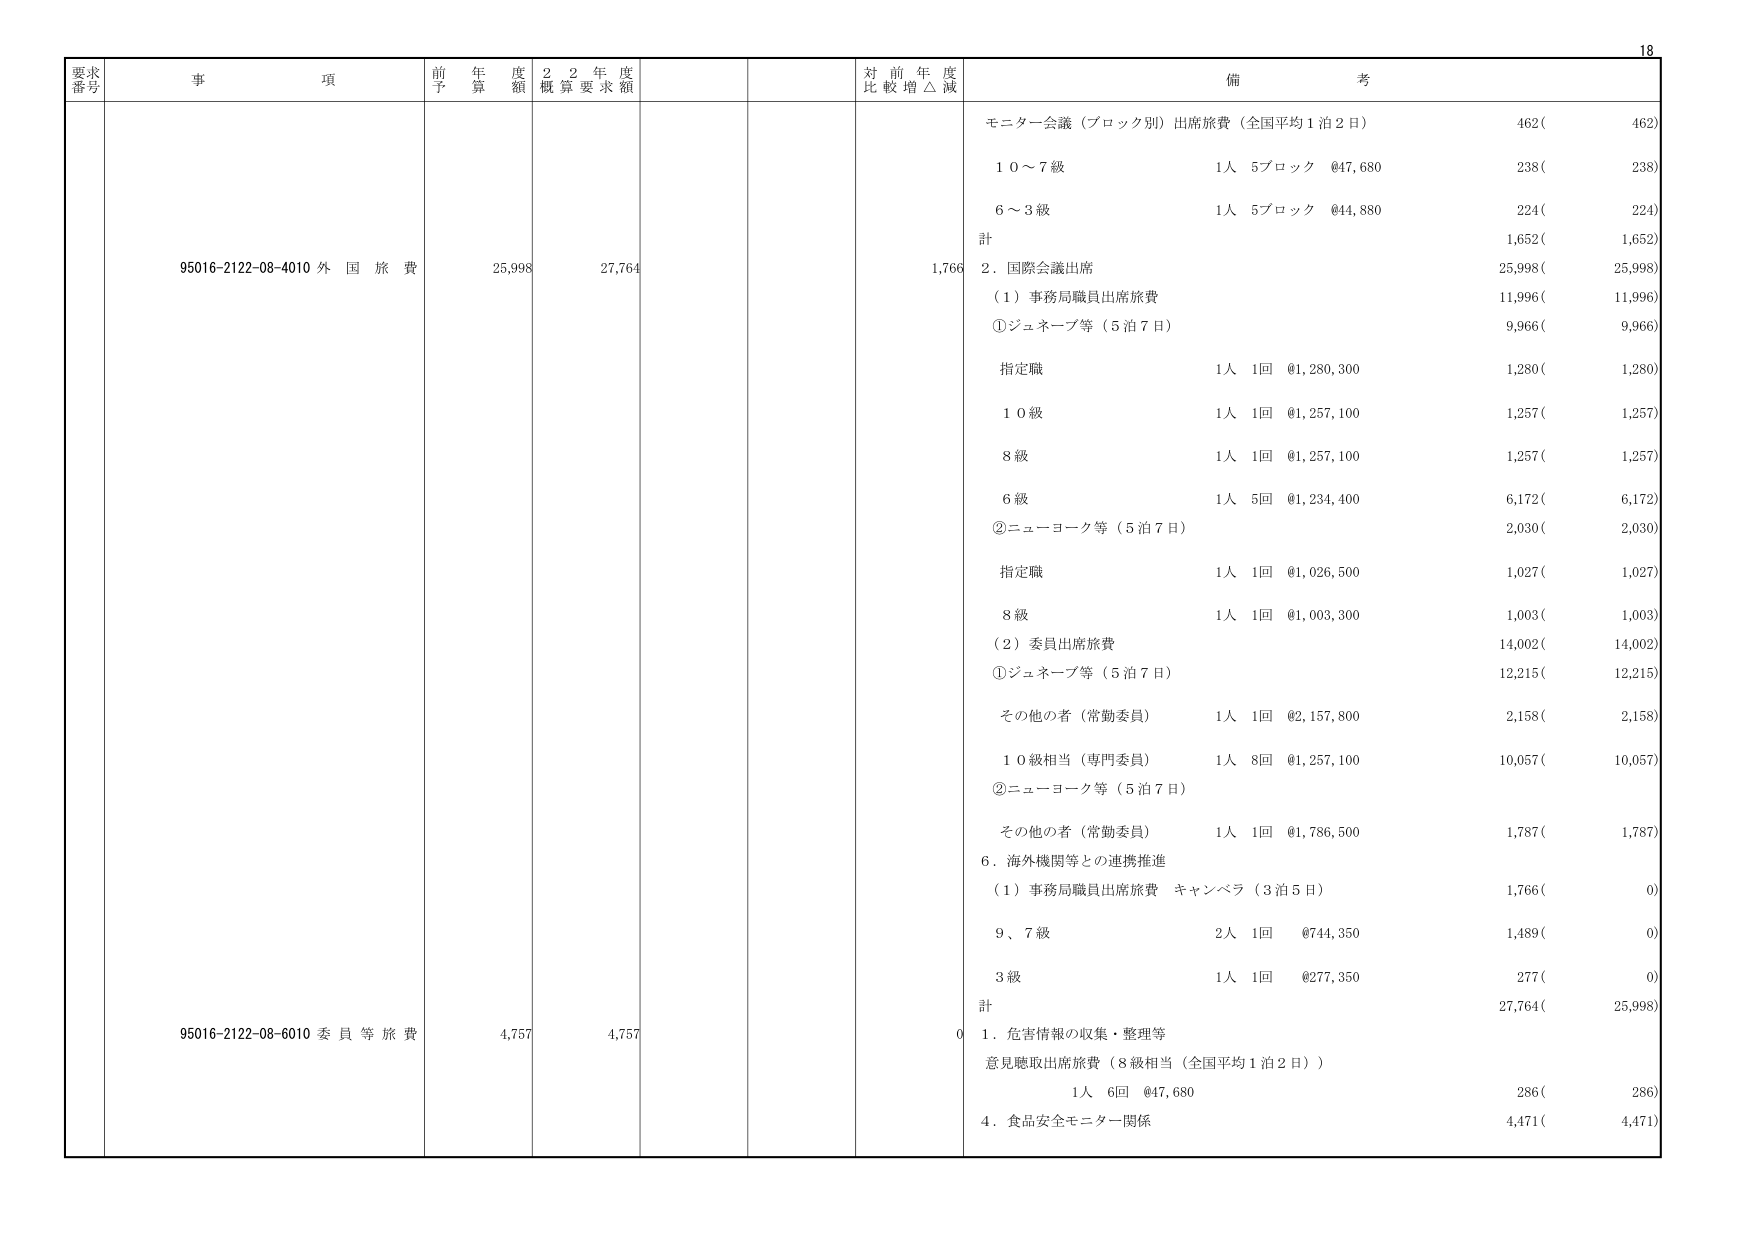
要求番号 事項 前年度予算額 22年度概算要求額 対前年度比較増△減 備考
95016-2122-08-4010 外国旅費 25,998 27,764 1,766 モニター会議（ブロック別）出席旅費（全国平均1泊2日） 462( 462)
10～7級 1人 5ブロック @47,680 238( 238)
6～3級 1人 5ブロック @44,880 224( 224)
計 1,652( 1,652)
2. 国際会議出席 25,998( 25,998)
（1）事務局職員出席旅費 11,996( 11,996)
①ジュネーブ等（5泊7日） 9,966( 9,966)
指定職 1人 1回 @1,280,300 1,280( 1,280)
10級 1人 1回 @1,257,100 1,257( 1,257)
8級 1人 1回 @1,257,100 1,257( 1,257)
6級 1人 5回 @1,234,400 6,172( 6,172)
②ニューヨーク等（5泊7日） 2,030( 2,030)
指定職 1人 1回 @1,026,500 1,027( 1,027)
8級 1人 1回 @1,003,300 1,003( 1,003)
（2）委員出席旅費 14,002( 14,002)
①ジュネーブ等（5泊7日） 12,215( 12,215)
その他の者（常勤委員） 1人 1回 @2,157,800 2,158( 2,158)
10級相当（専門委員） 1人 8回 @1,257,100 10,057( 10,057)
②ニューヨーク等（5泊7日）
その他の者（常勤委員） 1人 1回 @1,786,500 1,787( 1,787)
6. 海外機関等との連携推進
（1）事務局職員出席旅費 キャンベラ（3泊5日） 1,766( 0)
9、7級 2人 1回 @744,350 1,489( 0)
3級 1人 1回 @277,350 277( 0)
計 27,764( 25,998)
95016-2122-08-6010 委員等旅費 4,757 4,757 0 1. 危害情報の収集・整理等
意見聴取出席旅費（8級相当（全国平均1泊2日）） 1人 6回 @47,680 286( 286)
4. 食品安全モニター関係 4,471( 4,471)